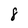
Character: 8